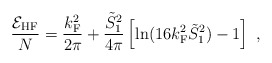
\begin{align*}\frac{{\cal E}_{\rm HF}}{N} = \frac{k_{\rm F}^2}{2\pi} + \frac{\tilde{S}_1^2}{4\pi}\left[ \ln(16 k_{\rm F}^2 \tilde{S}_1^2) -1 \right] \ ,\end{align*}